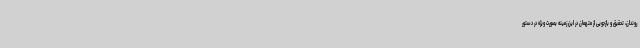
روندان، تحقیق و بازجویی از متهمان در این زمینه بصورت ویژه در دستور